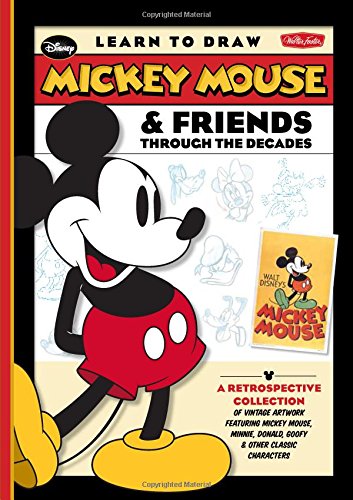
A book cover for Learn to Draw Mickey Mouse & Friends Through the Decades: A retrospective collection of vintage artwork featuring Mickey Mouse, Minnie, Donald, Goofy ... classic characters (Licensed Learn to Draw); Disney Storybook Artists; Arts & Photography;